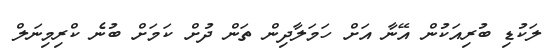
ލަކުޑި ބުރިއަކުން އޭނާ އަށް ހަމަލާދިން ތަން ދުށް ކަމަށް ބުނެ ކްރިމިނަލް